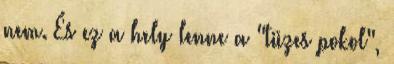
nem. És ez a hely lenne a "tüzes pokol",